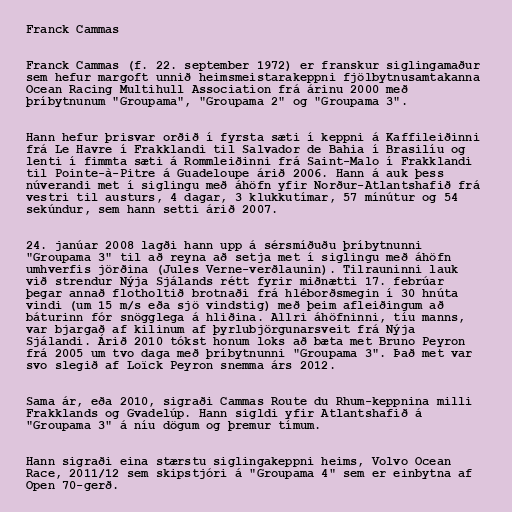
Franck Cammas

Franck Cammas (f. 22. september 1972) er franskur siglingamaður
sem hefur margoft unnið heimsmeistarakeppni fjölbytnusamtakanna
Ocean Racing Multihull Association frá árinu 2000 með
þríbytnunum "Groupama", "Groupama 2" og "Groupama 3".

Hann hefur þrisvar orðið í fyrsta sæti í keppni á Kaffileiðinni
frá Le Havre í Frakklandi til Salvador de Bahia í Brasilíu og
lenti í fimmta sæti á Rommleiðinni frá Saint-Malo í Frakklandi
til Pointe-à-Pitre á Guadeloupe árið 2006. Hann á auk þess
núverandi met í siglingu með áhöfn yfir Norður-Atlantshafið frá
vestri til austurs, 4 dagar, 3 klukkutímar, 57 mínútur og 54
sekúndur, sem hann setti árið 2007.

24. janúar 2008 lagði hann upp á sérsmíðuðu þríbytnunni
"Groupama 3" til að reyna að setja met í siglingu með áhöfn
umhverfis jörðina (Jules Verne-verðlaunin). Tilrauninni lauk
við strendur Nýja Sjálands rétt fyrir miðnætti 17. febrúar
þegar annað flotholtið brotnaði frá hléborðsmegin í 30 hnúta
vindi (um 15 m/s eða sjö vindstig) með þeim afleiðingum að
báturinn fór snögglega á hliðina. Allri áhöfninni, tíu manns,
var bjargað af kilinum af þyrlubjörgunarsveit frá Nýja
Sjálandi. Árið 2010 tókst honum loks að bæta met Bruno Peyron
frá 2005 um tvo daga með þríbytnunni "Groupama 3". Það met var
svo slegið af Loïck Peyron snemma árs 2012.

Sama ár, eða 2010, sigraði Cammas Route du Rhum-keppnina milli
Frakklands og Gvadelúp. Hann sigldi yfir Atlantshafið á
"Groupama 3" á níu dögum og þremur tímum.

Hann sigraði eina stærstu siglingakeppni heims, Volvo Ocean
Race, 2011/12 sem skipstjóri á "Groupama 4" sem er einbytna af
Open 70-gerð.